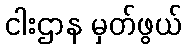
ငါးဌာန မှတ်ဖွယ်